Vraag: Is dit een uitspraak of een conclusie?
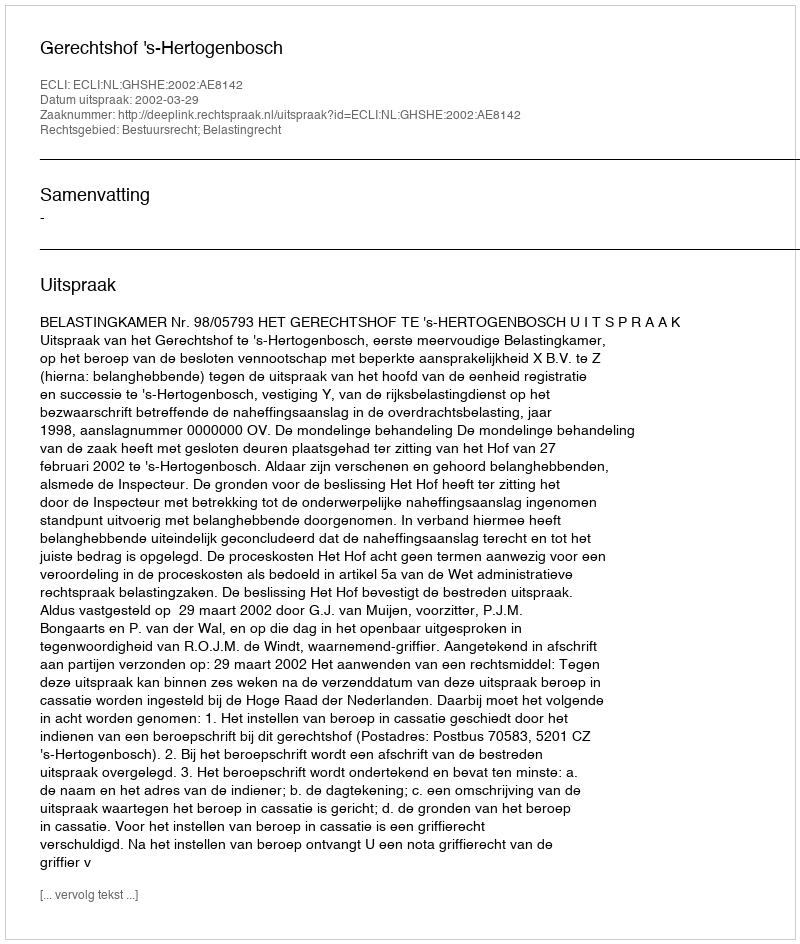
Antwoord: Uitspraak